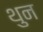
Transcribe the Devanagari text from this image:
थुन